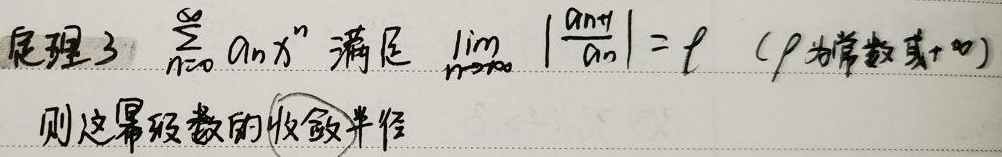
定理3 $\sum_{n = 0}^{\infty} a_{n}x^{n}$ 满足 $\lim_{n \to \infty} \left|\frac{a_{n + 1}}{a_{n}}\right| = \ell$（$\ell$为常数或$+\infty$）

则这幂级数的收敛半径